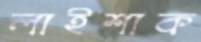
লাইশাক